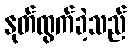
နုတ်ထွက်ခဲ့သည်